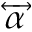
\overleftrightarrow { \alpha }